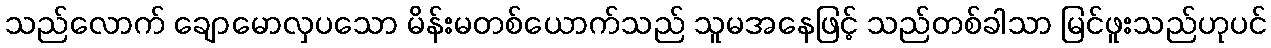
သည်လောက် ချောမောလှပသော မိန်းမတစ်ယောက်သည် သူမအနေဖြင့် သည်တစ်ခါသာ မြင်ဖူးသည်ဟုပင်